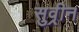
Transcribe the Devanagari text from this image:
सुव्रीन